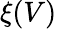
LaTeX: \xi(V)